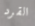
القرد